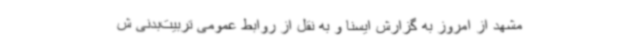
مشهد از امروز به گزارش ایسنا و به نقل از روابط عمومی تربیت‌بدنی ش